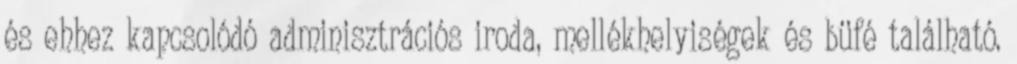
és ehhez kapcsolódó adminisztrációs iroda, mellékhelyiségek és büfé található.